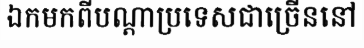
ឯកមកពីបណ្តាប្រទេសជាច្រើននៅ